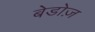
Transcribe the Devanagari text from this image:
बेडोज़